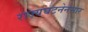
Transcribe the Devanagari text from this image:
राज्यघटनेनसार